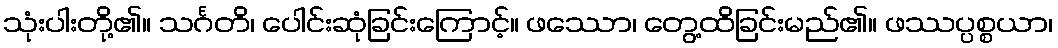
သုံးပါးတို့၏။ သင်္ဂတိ၊ ပေါင်းဆုံခြင်းကြောင့်။ ဖဿော၊ တွေ့ထိခြင်းမည်၏။ ဖဿပ္ပစ္စယာ၊